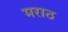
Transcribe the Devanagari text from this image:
मराठ